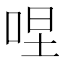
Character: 㖏